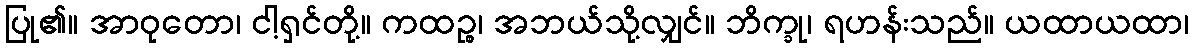
ပြု၏။ အာဝုတော၊ ငါ့ရှင်တို့။ ကထဉ္စ၊ အဘယ်သို့လျှင်။ ဘိက္ခု၊ ရဟန်းသည်။ ယထာယထာ၊